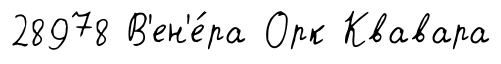
28978 В'ен'е́ра Орк Квавара